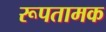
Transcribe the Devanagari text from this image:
रूपतामक